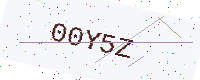
Text: 00Y5Z